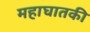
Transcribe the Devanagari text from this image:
महाघातकी